Document type: Sale
Year: 1439
Scribe: Arnau d'Illes
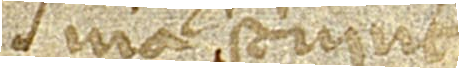
mà scrivint.